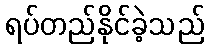
ရပ်တည်နိုင်ခဲ့သည်